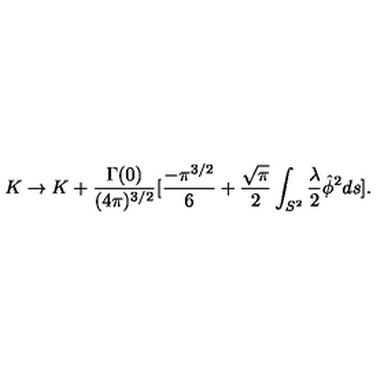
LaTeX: K \rightarrow K + \frac { \Gamma ( 0 ) } { ( 4 \pi ) ^ { 3 / 2 } } [ \frac { - \pi ^ { 3 / 2 } } { 6 } + \frac { \sqrt { \pi } } { 2 } \int _ { S ^ { 2 } } \frac { \lambda } { 2 } \hat { \phi } ^ { 2 } d s ] .